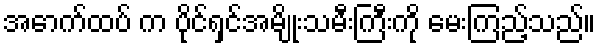
အောက်ထပ် က ပိုင်ရှင်အမျိုးသမီးကြီးကို မေးကြည့်သည်။